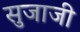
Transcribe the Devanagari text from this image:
सुजाजी